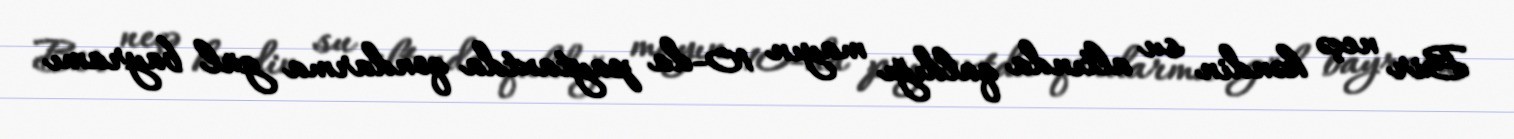
Bir neçə kəndin su altında qaldığı mayın 10-da paytaxtda qondarma gül bayramı